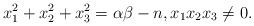
LaTeX: \begin{align*}x_1^2 + x_2^2 + x_3^2 = \alpha\beta - n,x_1x_2x_3 \neq 0.\end{align*}